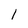
Character: 1